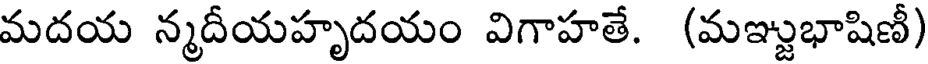
మదయ న్మదీయహృదయం విగాహతే. (మఞ్జుభాషిణీ)